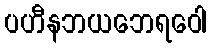
ပဟီနဘယဘေရဝေါ